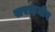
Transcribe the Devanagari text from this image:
सराहनीग